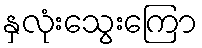
နှလုံးသွေးကြော